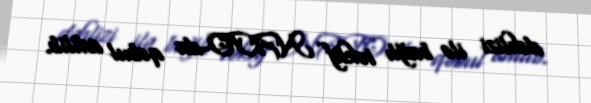
dəhlizi ilə bağlı təklif NATO-da qəbul edilib.